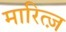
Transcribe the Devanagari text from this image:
मारित्ज़